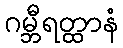
ဂမ္ဘီရတ္ထာနံ